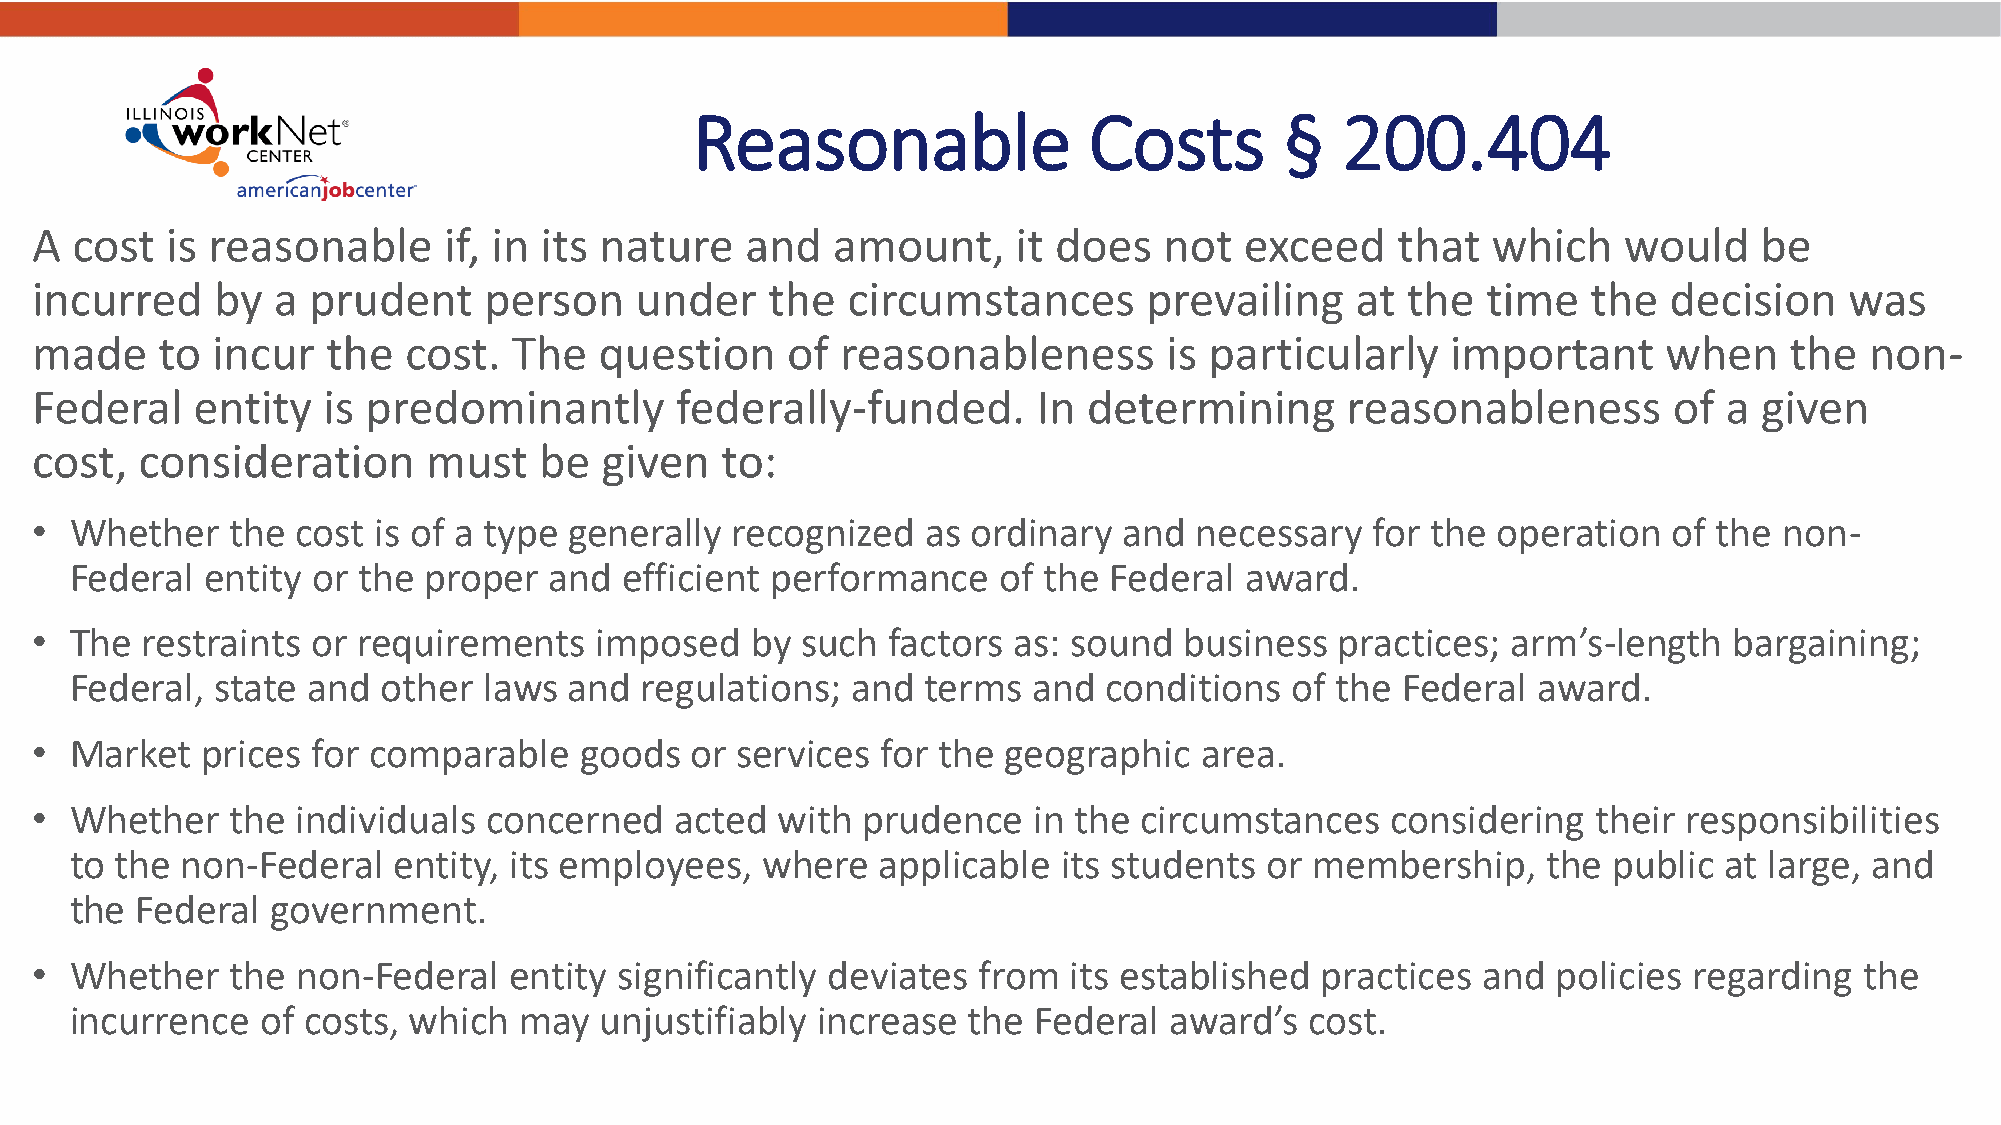
Reasonable                Costs        §   200.404
 A  cost  is reasonable     if, in its nature   and   amount,     it does   not  exceed    that   which   would     be
 incurred    by  a prudent     person    under    the  circumstances       prevailing    at the  time   the  decision    was
 made    to  incur   the  cost.  The   question    of  reasonableness       is particularly    important     when    the   non-
 Federal    entity  is predominantly        federally-funded.       In determining      reasonableness        of a  given
 cost,  consideration      must    be  given   to:
 •  Whether   the  cost is of a type generally recognized   as ordinary  and  necessary   for the operation   of the non-
 Federal  entity or the proper  and  efficient performance    of the Federal  award.
 •  The restraints  or requirements   imposed    by such  factors as: sound  business   practices; arm’s-length   bargaining;
 Federal, state and  other  laws  and regulations;  and  terms  and  conditions  of the  Federal  award.
 •  Market  prices  for comparable   goods   or services for the  geographic  area.
 •  Whether   the  individuals concerned    acted  with prudence   in the circumstances    considering   their responsibilities
 to the non-Federal   entity, its employees,  where   applicable  its students  or membership,    the  public at large, and
 the Federal  government.
 •  Whether   the  non-Federal   entity significantly deviates  from  its established practices  and  policies regarding  the
 incurrence  of costs, which  may   unjustifiably increase  the Federal  award’s   cost.